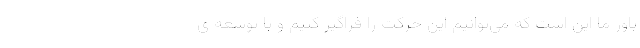
باور ما این است که می‌توانیم این حرکت را فراگیر کنیم و با توسعه ی